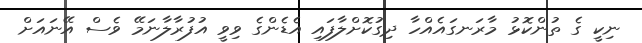
ނިކީ ގެ ތުންކޮޅު މާރަނގައެއްހާ ދިގުކޮށްލާފައި އެޑެންގެ ވިވީ އުފުރާލާނަމޭ ވެސް އޭނައަށް